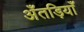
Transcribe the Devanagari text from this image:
अँतड़ियाँ